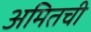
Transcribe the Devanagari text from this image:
अमितची